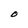
Character: O